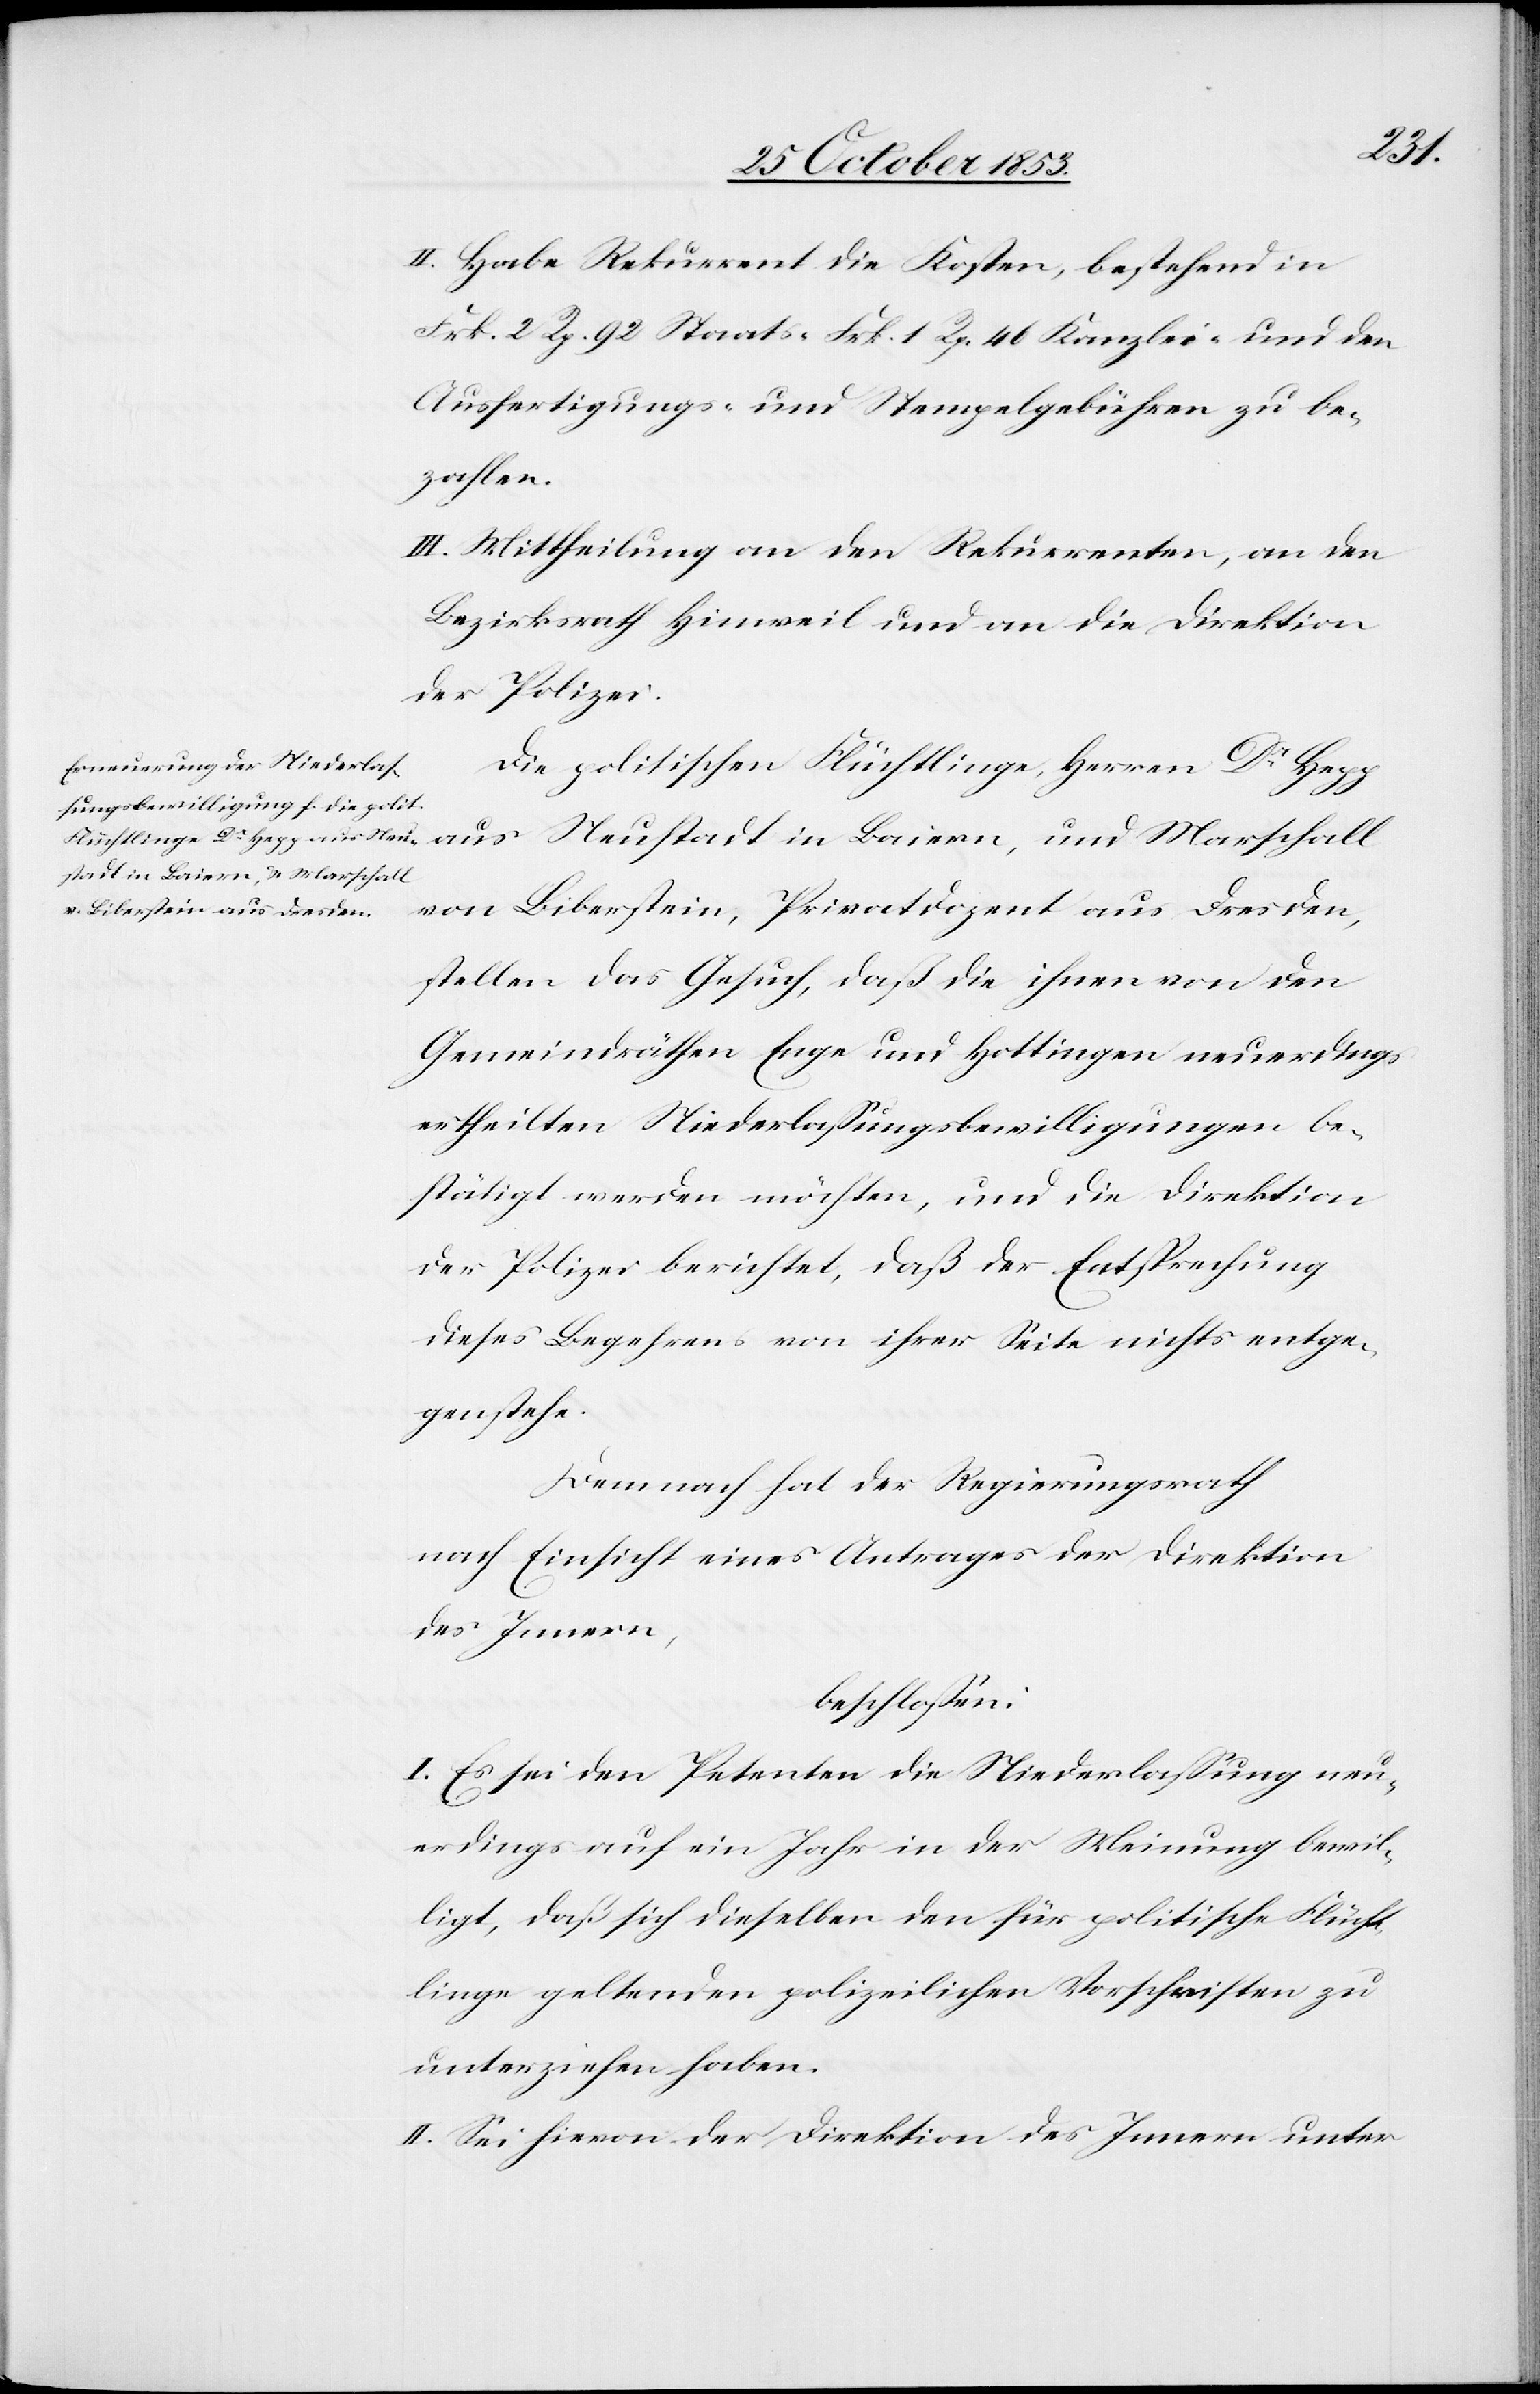
II. Habe Rekurrent die Kosten, bestehend in
Frk. 2 Rp. 92 Staats- Frk. 1 Rp. 41 Kanzlei- und den
Ausfertigungs- u. Stempelgebühren zu be¬
zahlen.
III. Mittheilung an den Rekurrenten, an den
Bezirksrath Hinweil und an die Direktion
der Polizei.
Die politischen Flüchtlinge, Herrn Dr Hegg
aus Neustadt in Baiern, und Marschall
von Biberstein, Privatdozent aus Dresden,
stellen das Gesuch, daß die ihnen von den
Gemeindräthen Enge und Hottingen neuerdings
ertheilten Niederlaßungsbewilligungen be¬
stätigt werden möchten, und die Direktion
der Polizei berichtet, daß die Entsprechung
dieses Begehrens von ihrer Seite nichts entge¬
genstehe.
Demnach hat der Regierungsrath
nach Einsicht eines Antrages der Direktion
des Innern,
beschloßen:
I. Es sei den Petenten die Niederlaßung neu¬
erdings auf ein Jahr in der Meinung bewil¬
ligt, daß sich dieselben den für politische Flücht¬
linge geltenden polizeilichen Vorschriften zu
unterziehen haben.
II. Sei hievon der Direktion des Innern unter